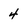
Character: 4